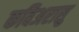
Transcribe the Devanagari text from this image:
कविअरासु